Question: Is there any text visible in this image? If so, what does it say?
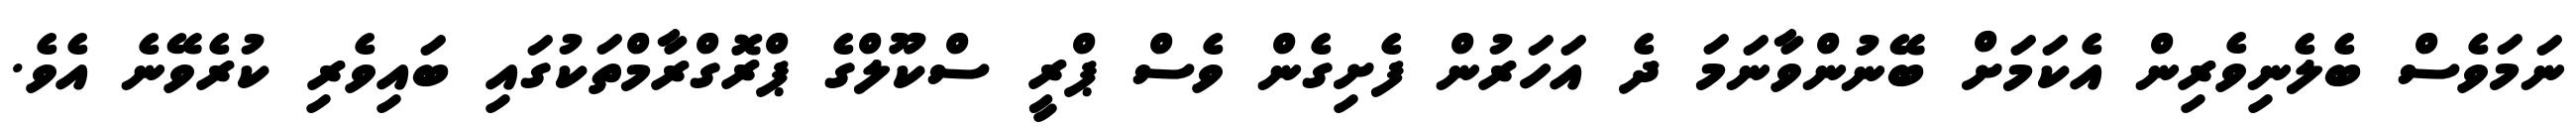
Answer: ނަމަވެސް ބެލެނިވެރިން އެކަމަށް ބޭނުންވާނަމަ ދެ އަހަރުން ފެށިގެން ވެސް ޕްރީ ސްކޫލްގެ ޕްރޮގްރާމްތަކުގައި ބައިވެރި ކުރެވޭނެ އެވެ.